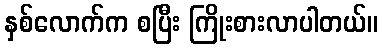
နှစ်လောက်က စပြီး ကြိုးစားလာပါတယ်။